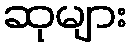
ဆုများ